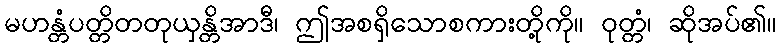
မဟန္တံပတ္တိတတုယှန္တိအာဒီ၊ ဤအစရှိသောစကားတို့ကို။ ဝုတ္တံ၊ ဆိုအပ်၏။